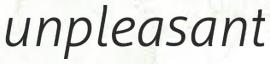
unpleasant